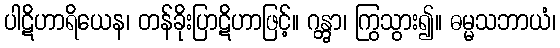
ပါဋိဟာရိယေန၊ တန်ခိုးပြာဋိဟာဖြင့်။ ဂန္တွာ၊ ကြွသွား၍။ ဓမ္မသဘာယံ၊